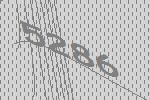
5286